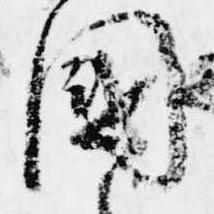
国